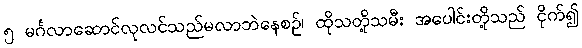
၅ မင်္ဂလာဆောင်လုလင်သည်မလာဘဲနေစဉ်၊ ထိုသတို့သမီး အပေါင်းတို့သည် ငိုက်၍